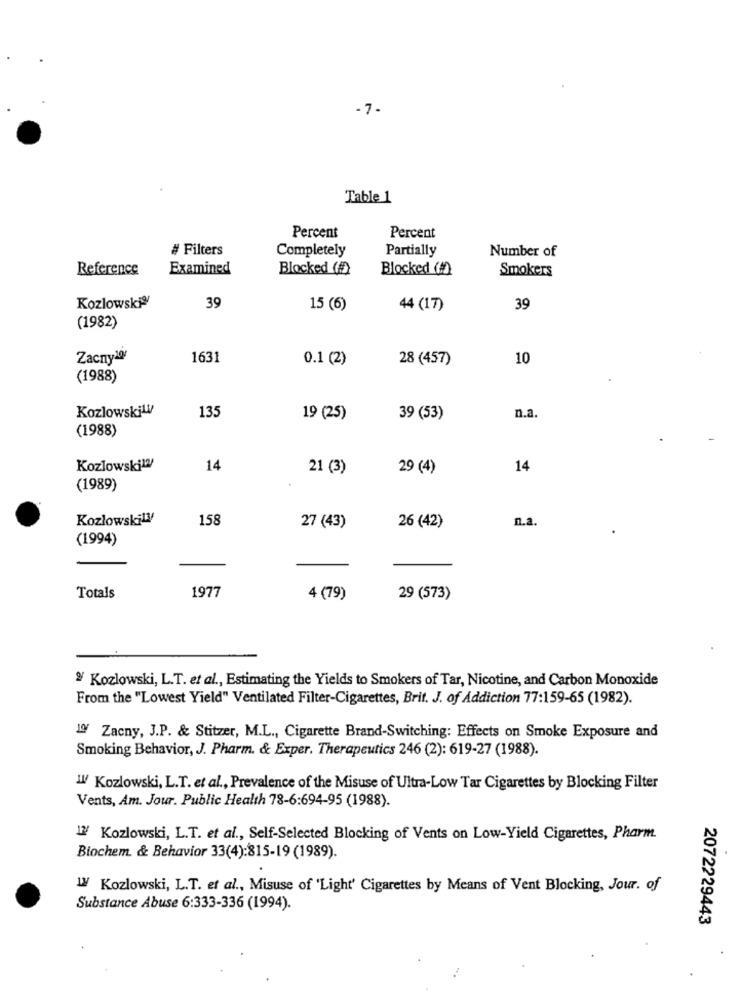
-7-
Table 1
Percent
Percent
# Filters
Completely
Partially
Number of
Reference
Examined
Blocked (f)
Blocked (f)
Smokers
Kozlowski2
39
15 (6)
44 (17)
39
(1982)
Zacny20
1631
0.1 (2)
28 (457)
10
(1988)
Kozlowskil
135
19 (25)
39 (53)
n.a.
(1988)
Kozlowski12/
14
21 (3)
29 (4)
14
(1989)
Kozłowskily/
158
n.a.
27 (43)
26 (42)
(1994)
1977
Totals
4 (79)
29 (573)
Kozlowski, L.T. et al ., Estimating the Yields to Smokers of Tar, Nicotine, and Carbon Monoxide
From the "Lowest Yield" Ventilated Filter-Cigarettes, Brit. J. of Addiction 77:159-65 (1982).
19 Zacny, J.P. & Stitzer, M.L ., Cigarette Brand-Switching: Effects on Smoke Exposure and
Smoking Behavior, J. Pharm. & Exper. Therapeutics 246 (2): 619-27 (1988).
"! Kozłowski, L.T. et al ., Prevalence of the Misuse of Ultra-Low Tar Cigarettes by Blocking Filter
Vents, Am. Jour. Public Health 78-6:694-95 (1988).
12 Kozlowski, L.T. et al ., Self-Selected Blocking of Vents on Low-Yield Cigarettes, Pharm.
Biochem. & Behavior 33(4):815-19 (1989).
1. Kozlowski, L.T. et al ., Misuse of 'Light' Cigarettes by Means of Vent Blocking, Jour. of
Substance Abuse 6:333-336 (1994).
2072229443